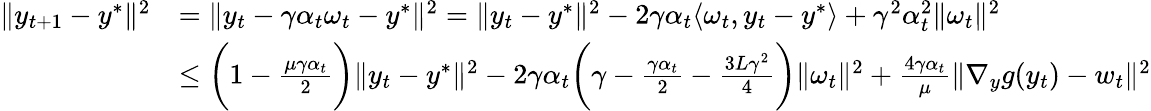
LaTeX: \begin{array}{rl}{\| y_{t+1}-y^{*}\| ^{2}}&{=\| y_{t}-\gamma\alpha_{t}\omega_{t}-y^{*}\| ^{2}=\| y_{t}-y^{*}\| ^{2}-2\gamma\alpha_{t}\langle\omega_{t},y_{t}-y^{*}\rangle+\gamma^{2}\alpha_{t}^{2}\| \omega_{t}\| ^{2}}\\ &{\leq\bigg(1-\frac{\mu\gamma\alpha_{t}}{2}\bigg)\| y_{t}-y^{*}\| ^{2}-2\gamma\alpha_{t}\bigg(\gamma-\frac{\gamma\alpha_{t}}{2}-\frac{3L\gamma^{2}}{4}\bigg)\| \omega_{t}\| ^{2}+\frac{4\gamma\alpha_{t}}{\mu}\| \nabla_{y}g(y_{t})-w_{t}\| ^{2}}\end{array}